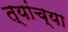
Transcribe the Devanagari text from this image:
त्यांच्या